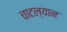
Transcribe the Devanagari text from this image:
चाटल्यान